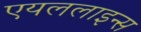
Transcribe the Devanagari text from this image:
एयललाइन्स